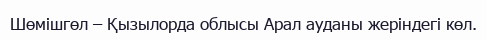
Шөмішгөл – Қызылорда облысы Арал ауданы жеріндегі көл.